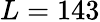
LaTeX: L=143